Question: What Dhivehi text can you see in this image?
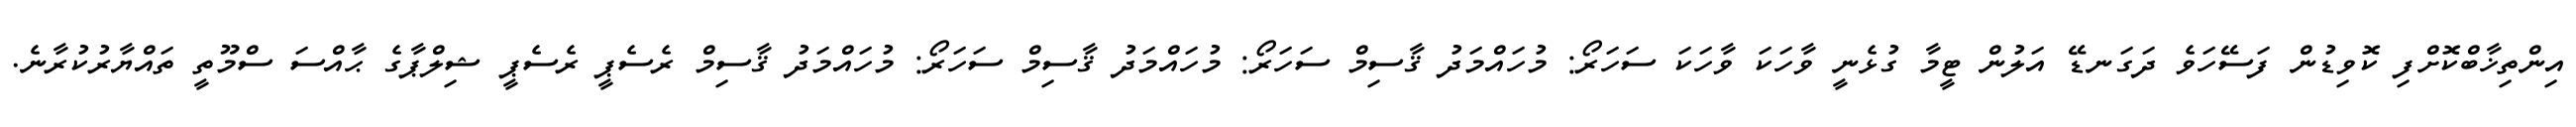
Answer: އިންތިޚާބްކޮށްފި ކޮވިޑުން ފަސޭހަވެ ދަގަނޑޭ އަލުން ޓީމާ ގުޅެނީ ވާހަކަ ވާހަކަ ސަހަރޯ: މުހައްމަދު ޤާސިމް ސަހަރޯ: މުހައްމަދު ޤާސިމް ސަހަރޯ: މުހައްމަދު ޤާސިމް ރެސެޕީ ރެސެޕީ ޝިލްޕާގެ ޙާއްސަ ސްމޫތީ ތައްޔާރުކުރާނެ.